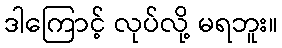
ဒါကြောင့် လုပ်လို့ မရဘူး။